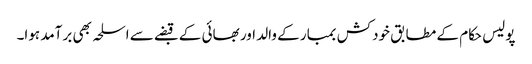
پولیس حکام کے مطابق خودکش بمبار کے والد اور بھائی کے قبضے سے اسلحہ بھی برآمد ہوا۔